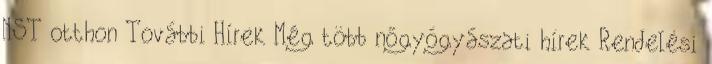
NST otthon További Hírek Még több nőgyógyászati hírek Rendelési